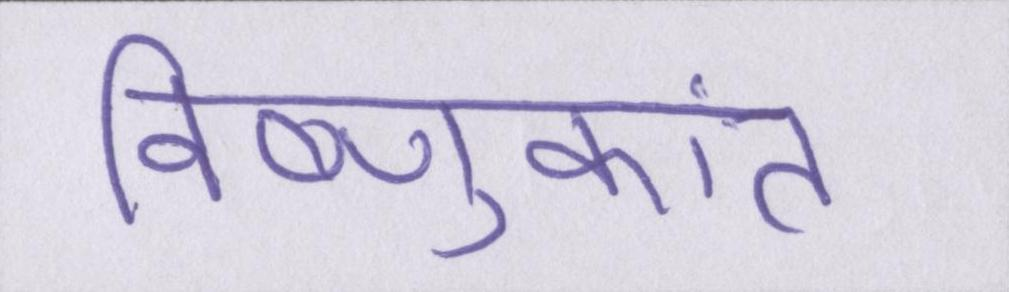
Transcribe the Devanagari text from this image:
विष्णुकांत